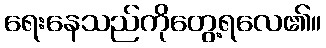
ရေးနေသည်ကိုတွေ့ရလေ၏။